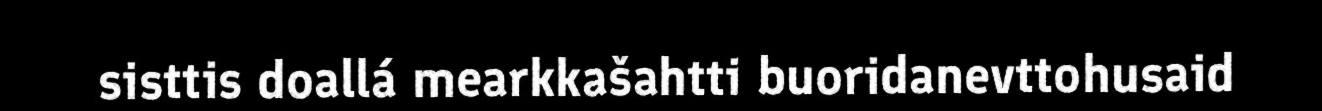
sisttis doallá mearkkašahtti buoridanevttohusaid